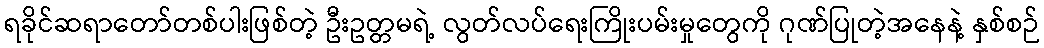
ရခိုင်ဆရာတော်တစ်ပါးဖြစ်တဲ့ ဦးဥတ္တမရဲ့ လွတ်လပ်ရေးကြိုးပမ်းမှုတွေကို ဂုဏ်ပြုတဲ့အနေနဲ့ နှစ်စဉ်